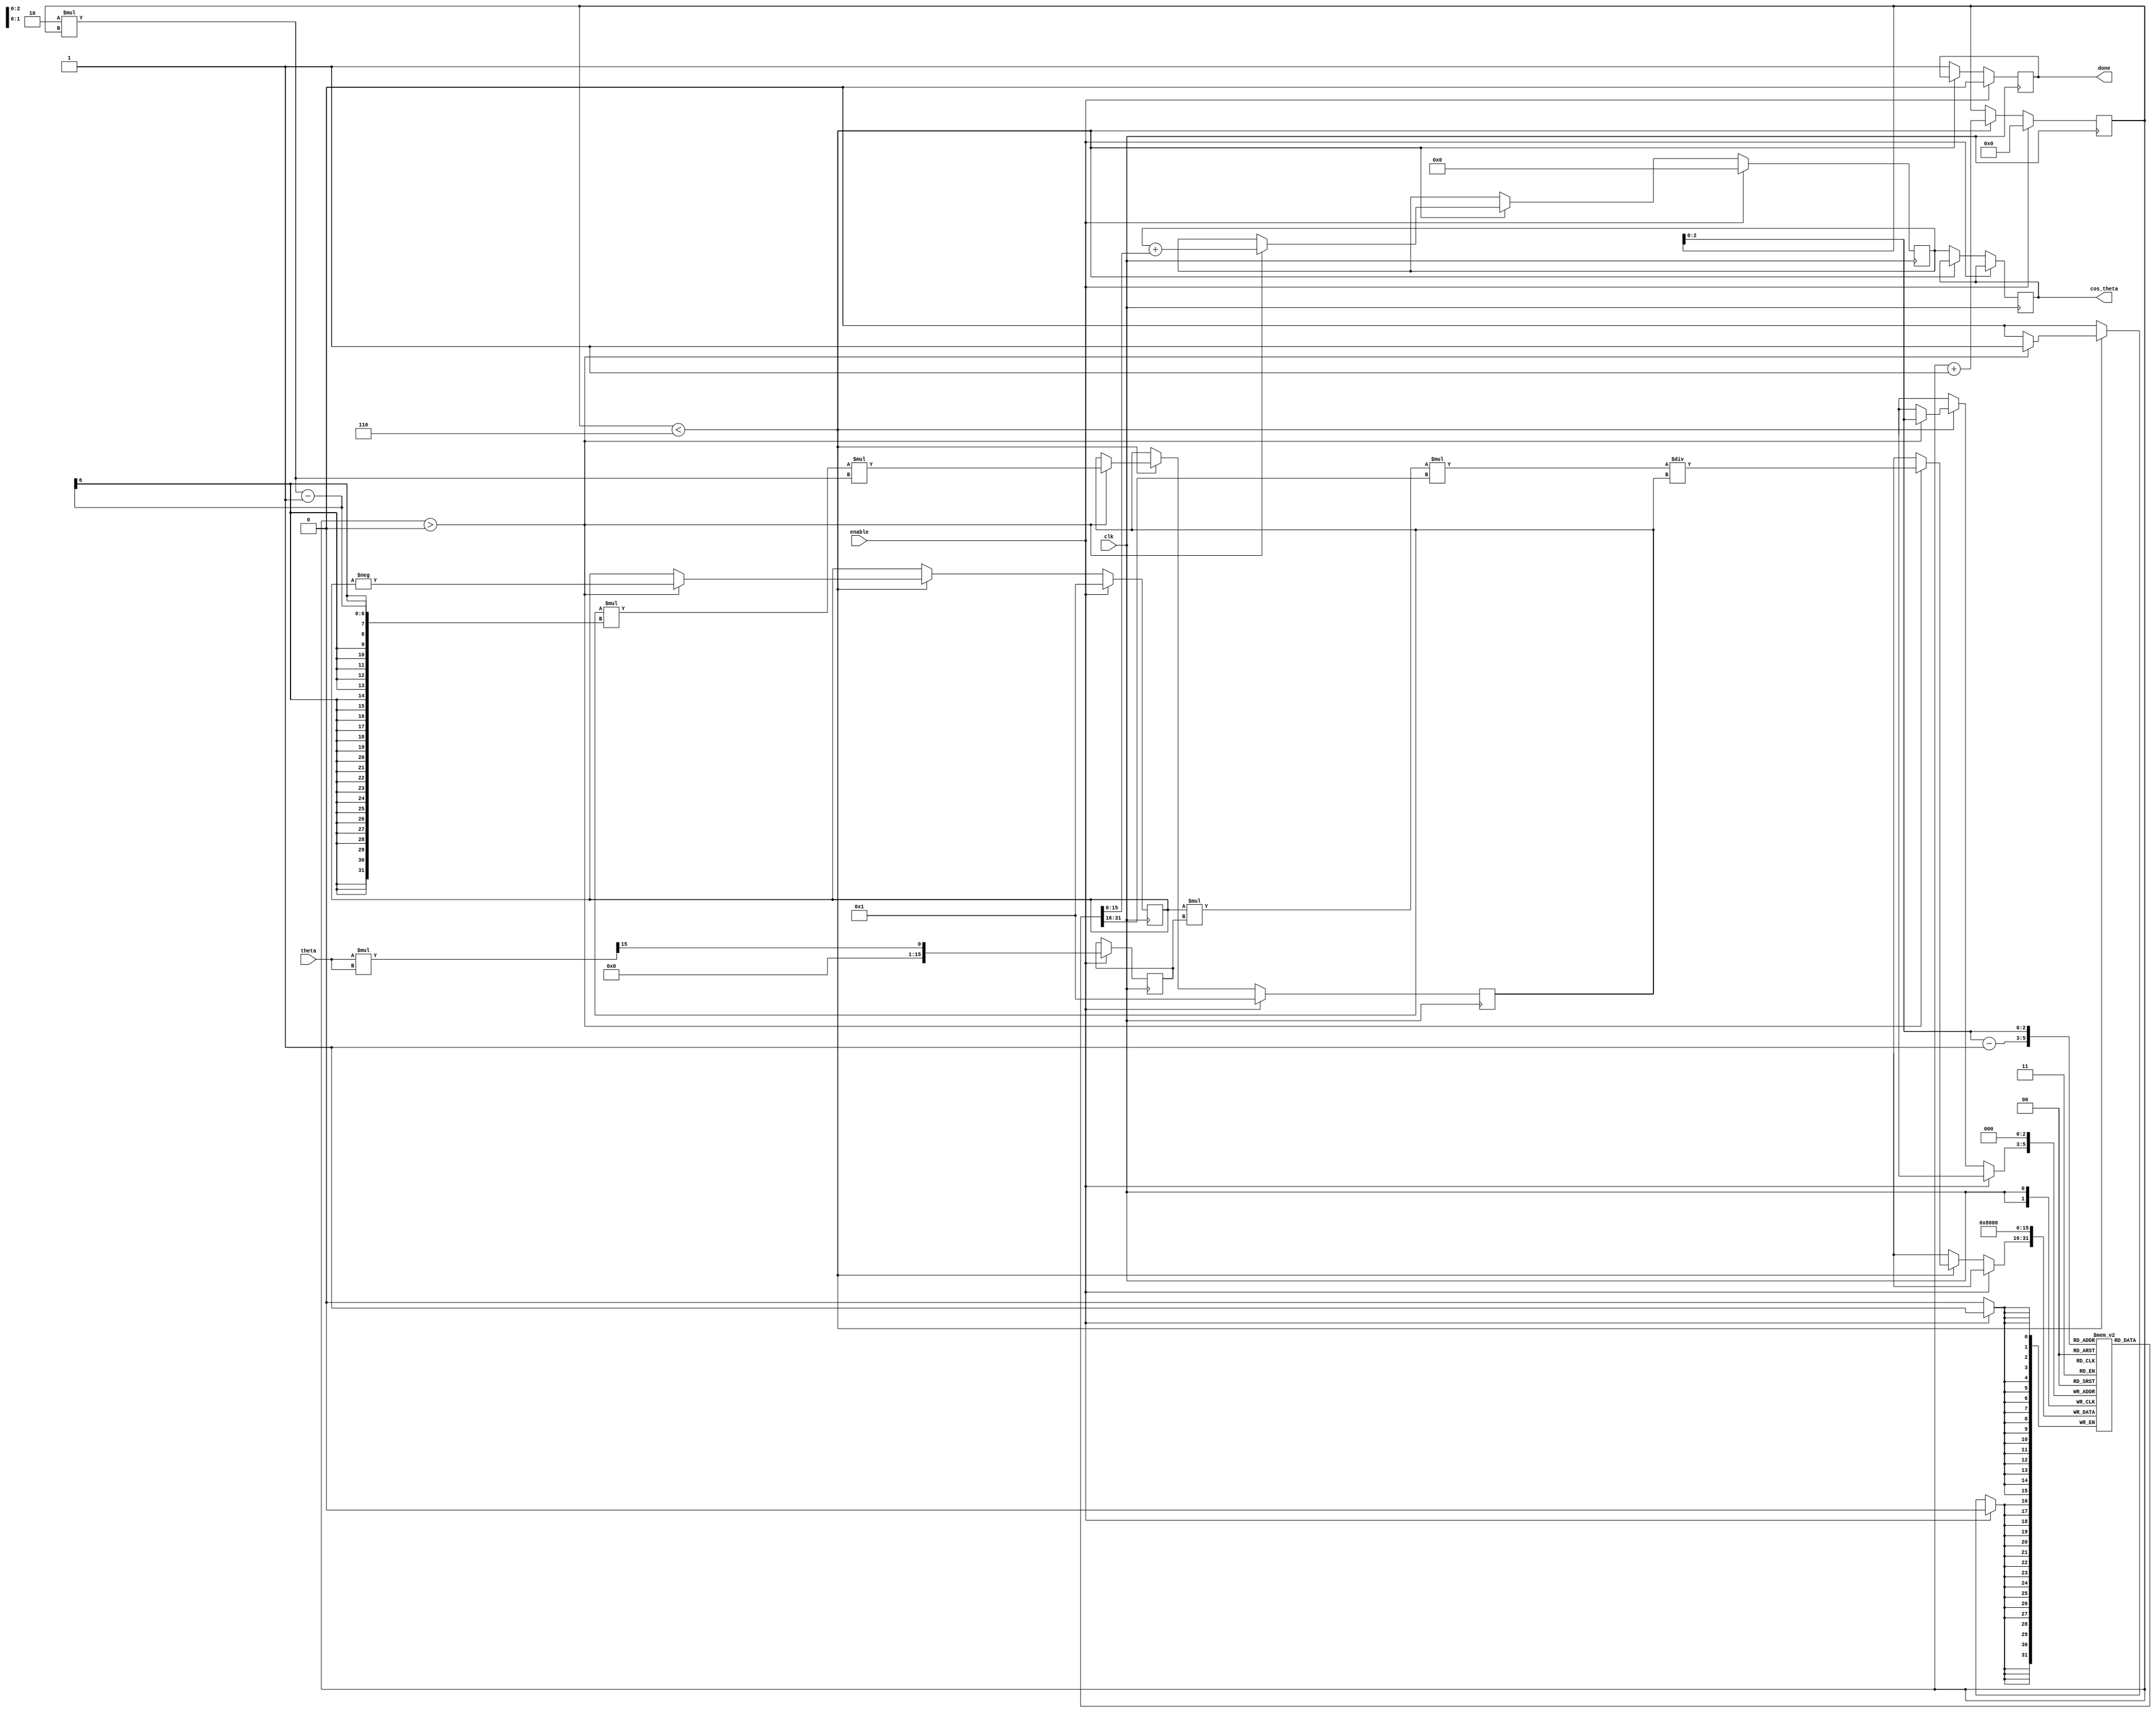
module cosine_taylor (
    input wire clk,
    input wire enable,
    input wire [15:0] theta, // Input angle in radians (fixed-point)
    output reg [15:0] cos_theta, // Output cosine value (fixed-point)
    output reg done // Signal indicating computation is complete
);

    // Constants for Taylor series coefficients
    parameter FIXED_POINT_SCALE = 16'h8000; // 2^15 for fixed-point scaling
    parameter NUM_TERMS = 6; // Number of terms in Taylor series

    reg [15:0] term [0:NUM_TERMS-1]; // Array to hold terms
    reg [15:0] x_squared; // x^2
    reg [3:0] n; // Term index
    reg [15:0] factorial; // Factorial value
    reg [15:0] sign; // Sign for alternating series
    reg [15:0] result; // Accumulated result

    // Compute x^2
    always @(posedge clk) begin
        if (enable) begin
            x_squared <= (theta * theta) >> 15; // Scale down for fixed-point
            term[0] <= FIXED_POINT_SCALE; // First term: 1
            sign <= 16'h0001; // Start with positive sign
            factorial <= 16'h0001; // 0! = 1
            result <= 0; // Initialize result
            n <= 0; // Initialize term index
            done <= 0; // Reset done signal
        end else if (n < NUM_TERMS) begin
            // Calculate the next term in the series
            if (n > 0) begin
                factorial <= factorial * (2 * n - 1) * (2 * n); // (2n)! = (2n-1)! * (2n-1) * (2n)
                term[n] <= (sign * x_squared * term[n-1]) / factorial; // term[n] = (-1)^n * (x^2)^n / (2n)!
                result <= result + term[n]; // Accumulate result
                sign <= -sign; // Alternate sign
            end
            n <= n + 1; // Move to the next term
        end else begin
            cos_theta <= result; // Assign final result to output
            done <= 1; // Set done signal
        end
    end

endmodule